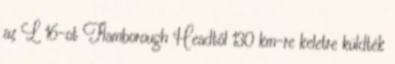
az L 16-ot Flamborough Headtől 130 km-re keletre küldték